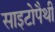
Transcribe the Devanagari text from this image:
साइटोपैथी